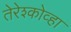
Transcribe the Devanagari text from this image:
तेरेश्कोव्हा